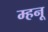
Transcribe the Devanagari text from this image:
म्हनू